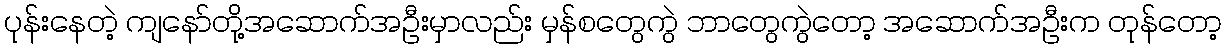
ပုန်းနေတဲ့ ကျနော်တို့အဆောက်အဦးမှာလည်း မှန်စတွေကွဲ ဘာတွေကွဲတော့ အဆောက်အဦးက တုန်တော့